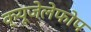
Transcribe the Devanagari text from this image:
क्‍यूजेलेफोप